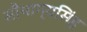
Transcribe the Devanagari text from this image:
सौभाग्यसिंह